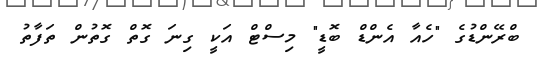
ބްރޭންޑުގެ "ހެއާ އެންޑް ބޮޑީ" މިސްޓް އަކީ ގިނަ ގޮތް ގޮތުން ތަފާތު